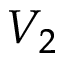
V _ { 2 }